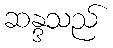
ဆန္ဒသည်